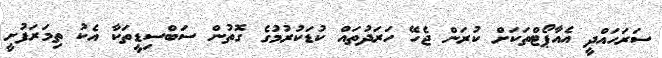
ސަރަހައްދީ އެއާޕޯޓްތަކަށް ކުރަން ޖެހޭ ހަރަދުތައް ކުޑަކުރުމުގެ ގޮތުން ސަބްސިޑީތަކާ އެކު ތިމަރަފުށީ